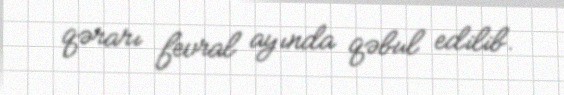
qərarı fevral ayında qəbul edilib.